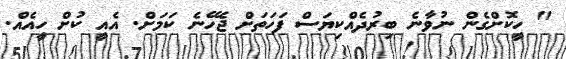
" ހީކޮށްގެން ނުވާނެ ބިރުދެއްކިޔަސް ފަހަތަށް ޖެހޭނެ ކަމަށް. އެއީ ކުށް ހީއެއް.